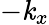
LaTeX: -\mathit{k}_{x}